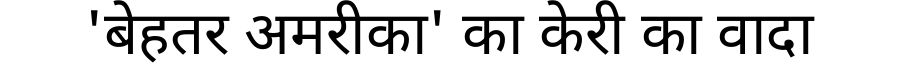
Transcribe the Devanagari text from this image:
'बेहतर अमरीका' का केरी का वादा